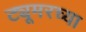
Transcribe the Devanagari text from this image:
ट्यूमरच्या